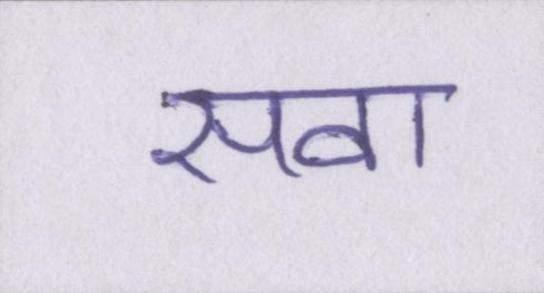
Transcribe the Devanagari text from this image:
सवा